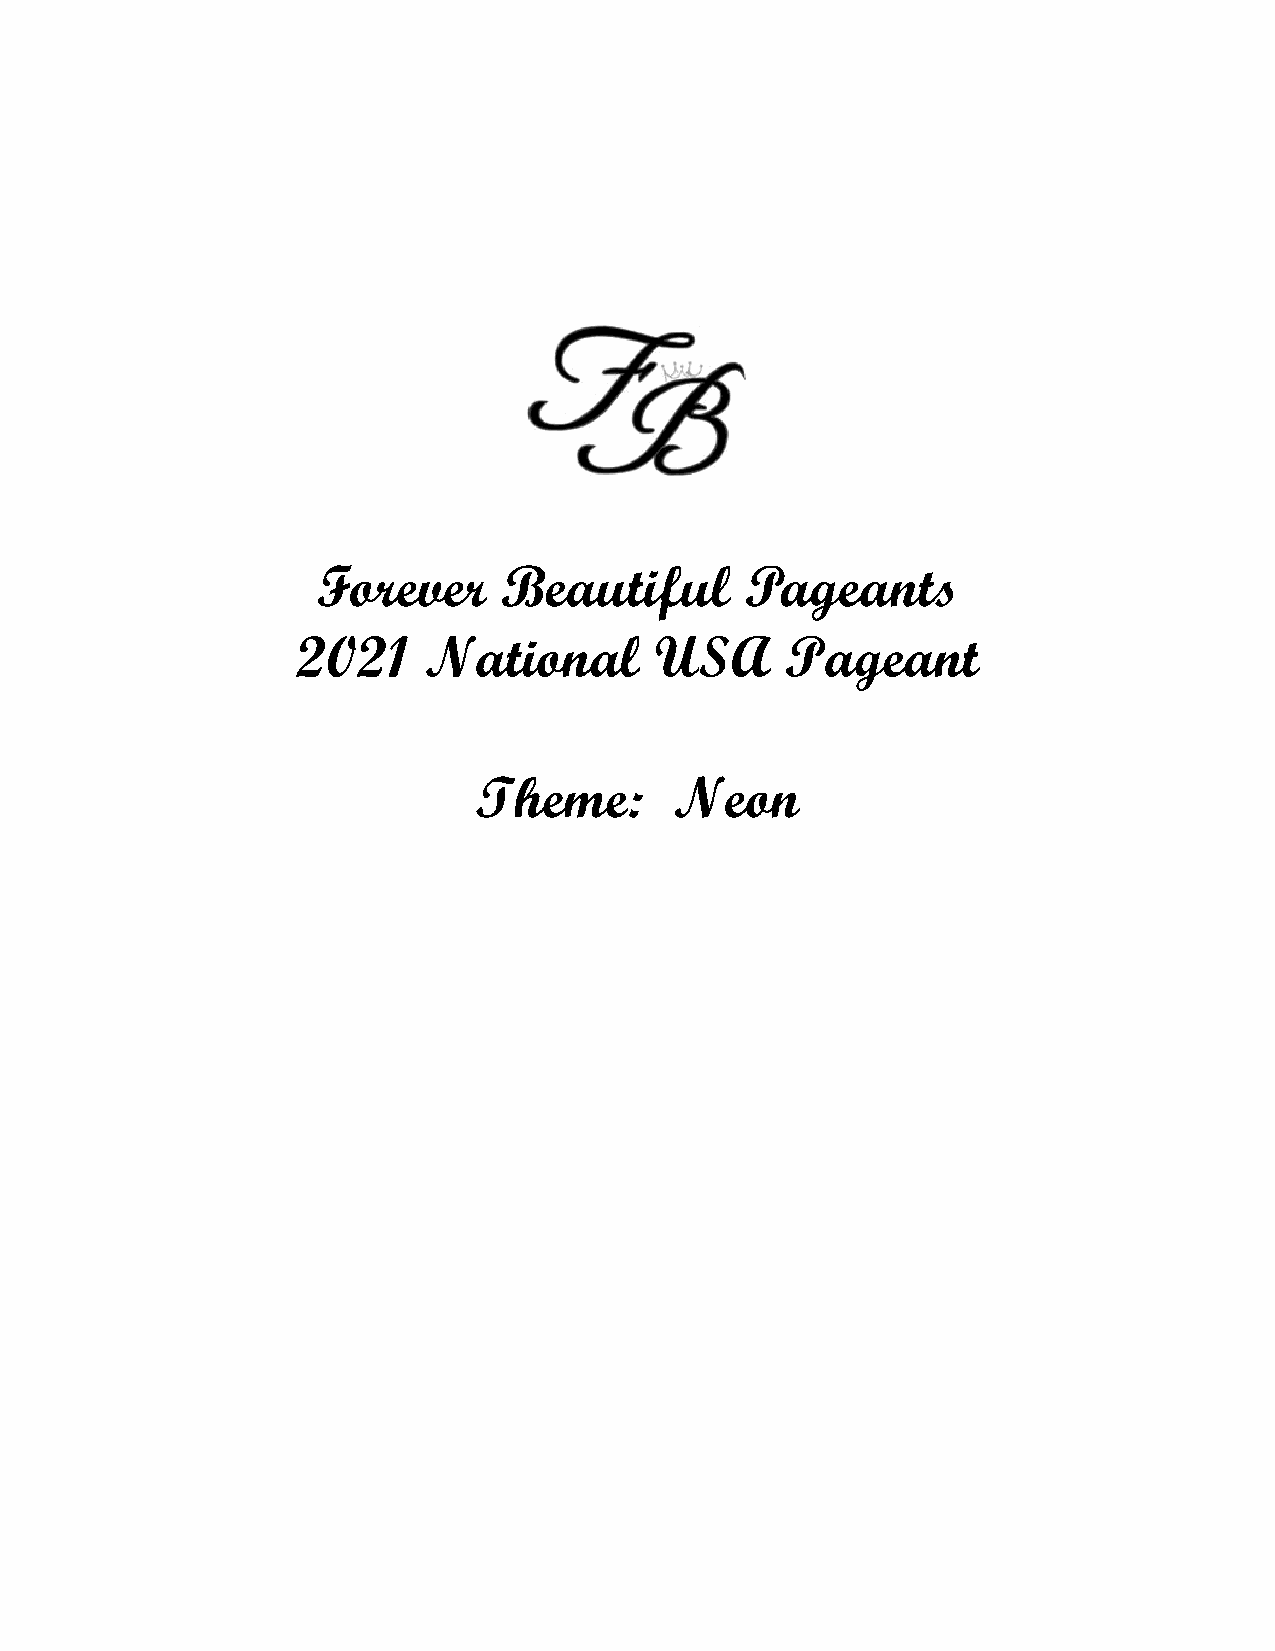
Forever     Beautiful       Pageants
 2021    National       USA      Pageant
 Theme:        Neon